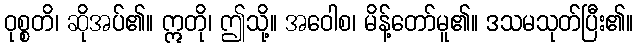
ဝုစ္စတိ၊ ဆိုအပ်၏။ ဣတို၊ ဤသို့။ အဝေါစ၊ မိန့်တော်မူ၏။ ဒသမသုတ်ပြီး၏။